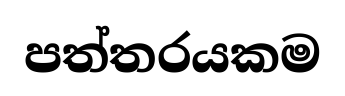
පත්තරයකම